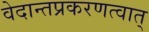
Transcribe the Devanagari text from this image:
वेदान्तप्रकरणत्वात्